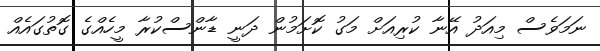
ނަމަވެސް މިއަދު އޭނާ ކުރިއަށް މަގު ކޮށަމުން ދަނީ ޑާންސްކުރާ މީހެއްގެ ގޮތުގައެއް